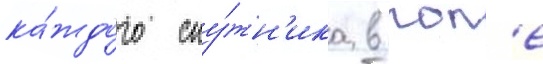
ка́ждого спу́тн'ика в пол'е